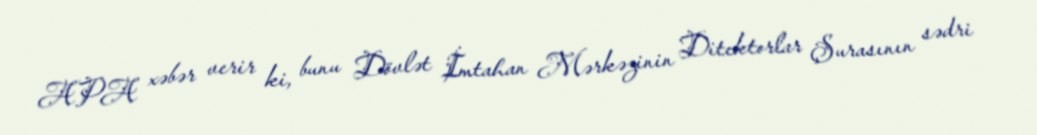
APA xəbər verir ki, bunu Dövlət İmtahan Mərkəzinin Ditektorlar Şurasının sədri